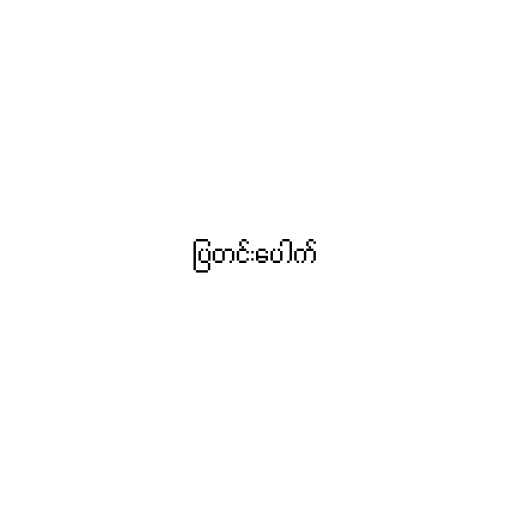
ပြတင်းပေါက်